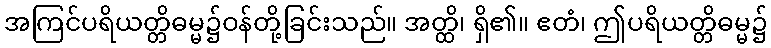
အကြင်ပရိယတ္တိဓမ္မ၌ဝန်တို့ခြင်းသည်။ အတ္ထိ၊ ရှိ၏။ ဧတံ၊ ဤပရိယတ္တိဓမ္မ၌